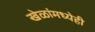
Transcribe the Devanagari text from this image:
खेळांमध्येही